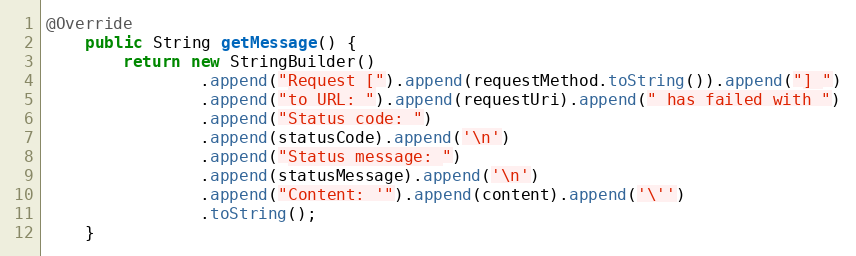
Language: Java
@Override
    public String getMessage() {
        return new StringBuilder()
                .append("Request [").append(requestMethod.toString()).append("] ")
                .append("to URL: ").append(requestUri).append(" has failed with ")
                .append("Status code: ")
                .append(statusCode).append('\n')
                .append("Status message: ")
                .append(statusMessage).append('\n')
                .append("Content: '").append(content).append('\'')
                .toString();
    }